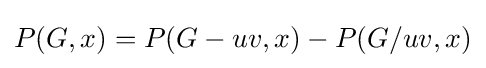
P(G,x)=P(G-uv,x)-P(G/uv,x)